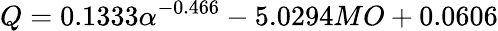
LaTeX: Q=0.1333\alpha^{-0.466}-5.0294MO+0.0606